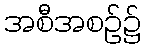
အစီအစဉ်၌